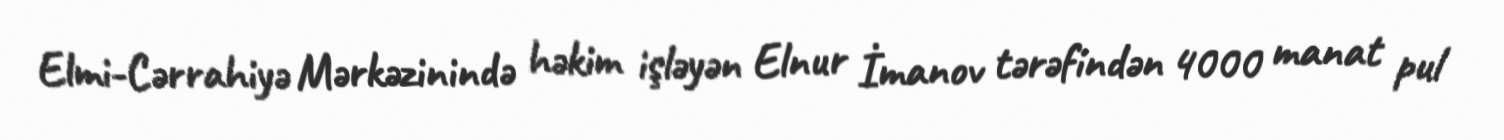
Elmi-Cərrahiyə Mərkəzinində həkim işləyən Elnur İmanov tərəfindən 4000 manat pul